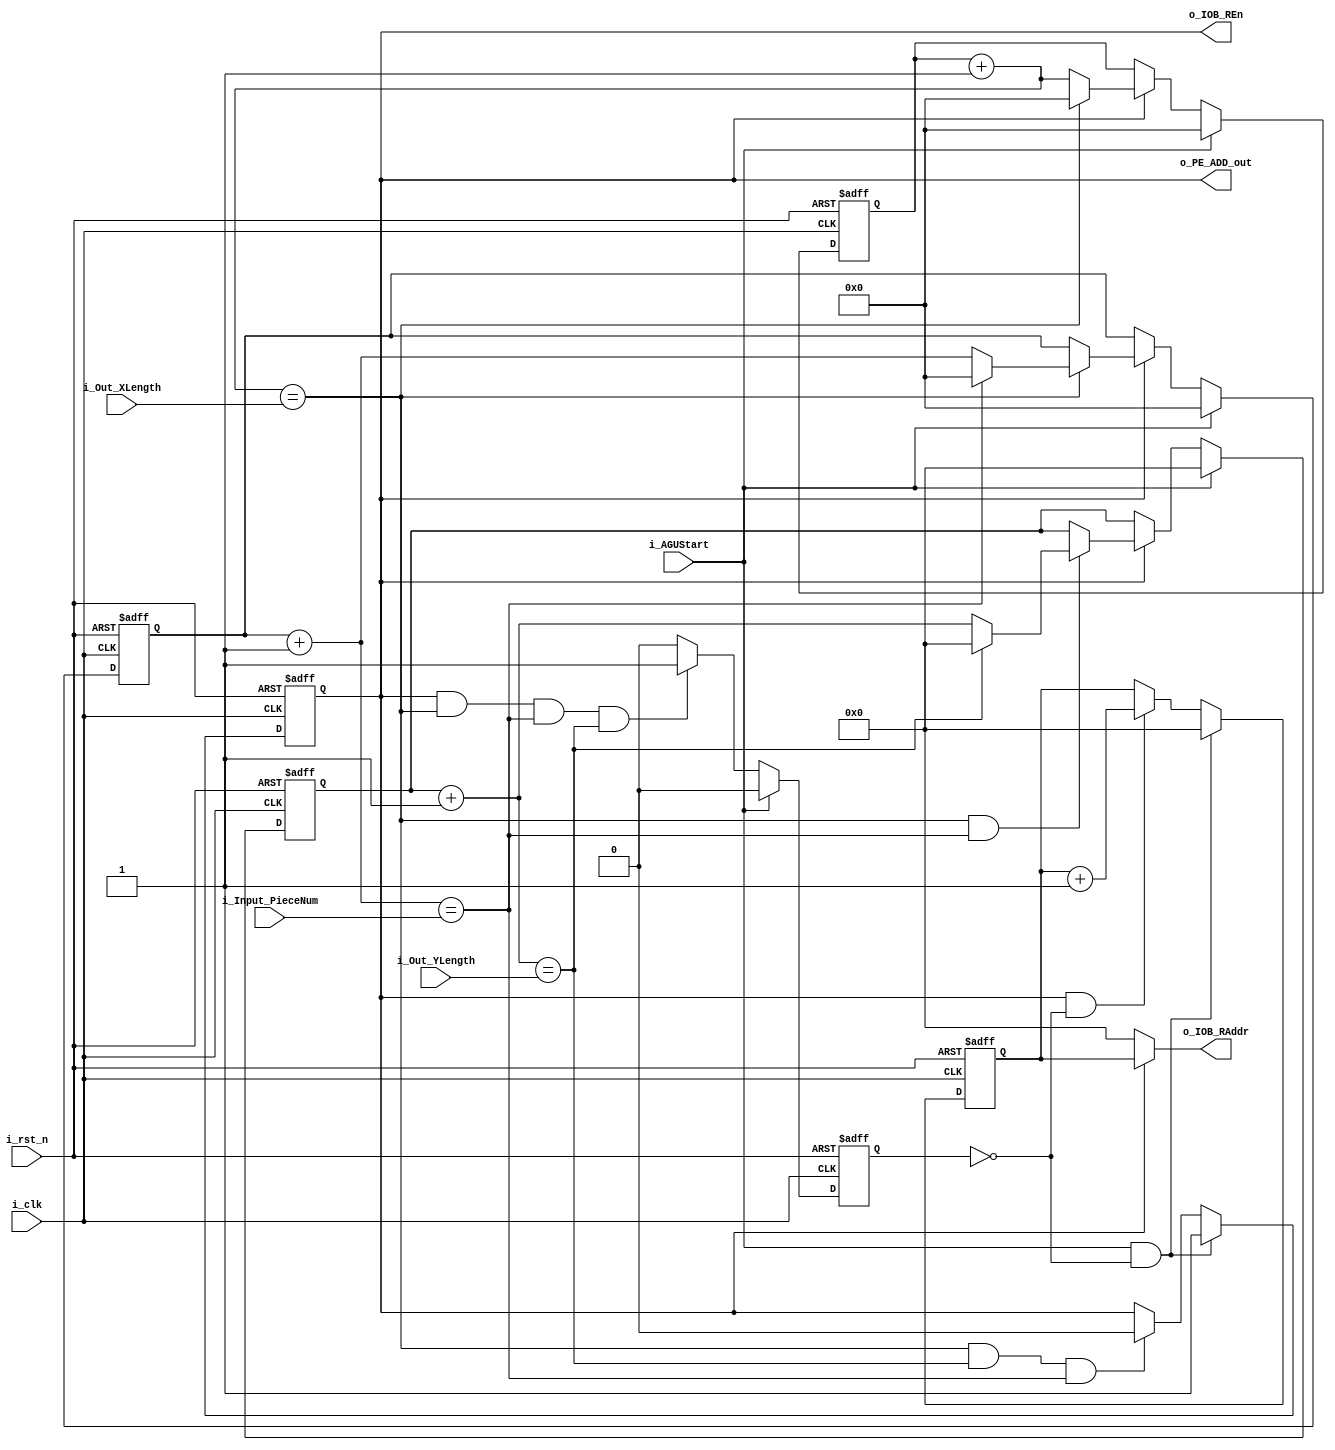
`timescale 1ns / 1ps
//////////////////////////////////////////////////////////////////////////////////
// Company: 
// Engineer: 
// 
// Design Name: 
// Module Name: IAGU_ADD
// Project Name: 
// Target Devices: 
// Tool Versions: 
// Description: 
// 
// Dependencies: 
// 
// Revision:
// Revision 0.01 - File Created
// Additional Comments:
// 
//////////////////////////////////////////////////////////////////////////////////
module IAGU_ADD (
    input i_clk  ,
    input i_rst_n,

    input [7:0] i_Input_PieceNum,
    input [7:0] i_Out_YLength   ,
    input [7:0] i_Out_XLength   ,
    input i_AGUStart,
    
    output o_IOB_REn        ,
    output [11:0]o_IOB_RAddr,
    output o_PE_ADD_out
);

    
    reg [11:0] r_OutAdder;
    reg        r_AdderEn;
    wire       c_AdderEnd;
    reg        r_AGU_Endf;

    wire c_XEnd, c_YEnd, c_PieceEnd;
    reg [7:0] r_XLengthCnt;
    reg [11:0] r_YLengthCnt;
    reg [7:0] r_PieceCnt;

    assign c_AdderEnd = c_XEnd && c_YEnd && c_PieceEnd;
    always@(posedge i_clk or negedge i_rst_n) begin
        if (!i_rst_n)
            r_AdderEn <= 1'd0;
        else if (i_AGUStart & ~r_AGU_Endf)
            r_AdderEn <= 1'd1;
        else if (c_AdderEnd)
            r_AdderEn <= 1'd0;
        else
            r_AdderEn <= r_AdderEn;
    end 
    
    //CHN:  
    always@(posedge i_clk or negedge i_rst_n) begin
        if (!i_rst_n)
            r_OutAdder <= 12'd0;
        else if (i_AGUStart & ~r_AGU_Endf)
            r_OutAdder <= 12'd0;
        else if (r_AdderEn & ~r_AGU_Endf)
            r_OutAdder <= r_OutAdder + 12'd1;
        else
            r_OutAdder <= r_OutAdder;
    end
            
    //-------------------------------------------------------------------------
    //CHN:xzy
    assign c_XEnd     = (r_XLengthCnt + 8'd1 == i_Out_XLength);
    assign c_YEnd     = (r_YLengthCnt + 12'd1 == i_Out_YLength);
    assign c_PieceEnd = (r_PieceCnt + 8'd1 == i_Input_PieceNum);
    always@(posedge i_clk or negedge i_rst_n) begin
        if (!i_rst_n)
            r_XLengthCnt <= 8'd0;
        else if (i_AGUStart)
            r_XLengthCnt <= 8'd0;
        else if (r_AdderEn)
            if (c_XEnd)
                r_XLengthCnt <= 8'd0;
            else
                r_XLengthCnt <= r_XLengthCnt + 8'd1;
        else
            r_XLengthCnt <= r_XLengthCnt;
    end

    always@(posedge i_clk or negedge i_rst_n) begin
        if (!i_rst_n)
            r_PieceCnt <= 8'd0;
        else if (i_AGUStart)
            r_PieceCnt <= 8'd0;
        else if (r_AdderEn)
            if (c_XEnd)
                if (c_PieceEnd)
                    r_PieceCnt <= 8'd0;
                else
                    r_PieceCnt <= r_PieceCnt+8'd1;
            else
                r_PieceCnt <= r_PieceCnt;
        else
            r_PieceCnt<=r_PieceCnt;
    end

    always@(posedge i_clk or negedge i_rst_n) begin
        if (!i_rst_n)
            r_YLengthCnt <= 12'd0;
        else if (i_AGUStart)
            r_YLengthCnt <= 12'd0;
        else if (r_AdderEn)
            if (c_XEnd & c_PieceEnd)
                if (c_YEnd)
                    r_YLengthCnt <= 12'd0;
                else
                    r_YLengthCnt <= r_YLengthCnt + 12'd1;
            else
                r_YLengthCnt <= r_YLengthCnt;
        else
            r_YLengthCnt <= r_YLengthCnt;
    end

    assign c_AGUEndf = r_AdderEn & c_XEnd & c_PieceEnd & c_YEnd;
    //-----------------------------------------------------------------------   
    always@(posedge i_clk or negedge i_rst_n) begin
        if (!i_rst_n) begin
            r_AGU_Endf <= 1'd0;
        end else begin
            if (i_AGUStart)
                r_AGU_Endf<= 1'd0;
            else if(c_AGUEndf)
                r_AGU_Endf<= 1'd1;
            else
                r_AGU_Endf<=1'd0;
        end
    end

    //output    
    assign o_IOB_RAddr  = (r_AdderEn) ? r_OutAdder : 12'd0;
    assign o_IOB_REn    = r_AdderEn;
    assign o_PE_ADD_out = r_AdderEn;

endmodule